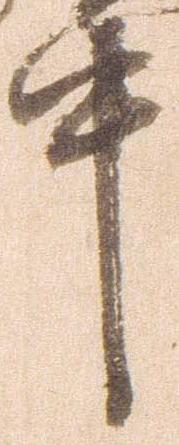
中